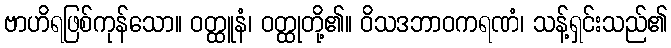
ဗာဟိရဖြစ်ကုန်သော။ ဝတ္ထူနံ၊ ဝတ္ထုတို့၏။ ဝိသဒဘာဝကရဏံ၊ သန့်ရှင်းသည်၏